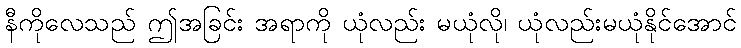
နီကိုလေသည် ဤအခြင်း အရာကို ယုံလည်း မယုံလို၊ ယုံလည်းမယုံနိုင်အောင်